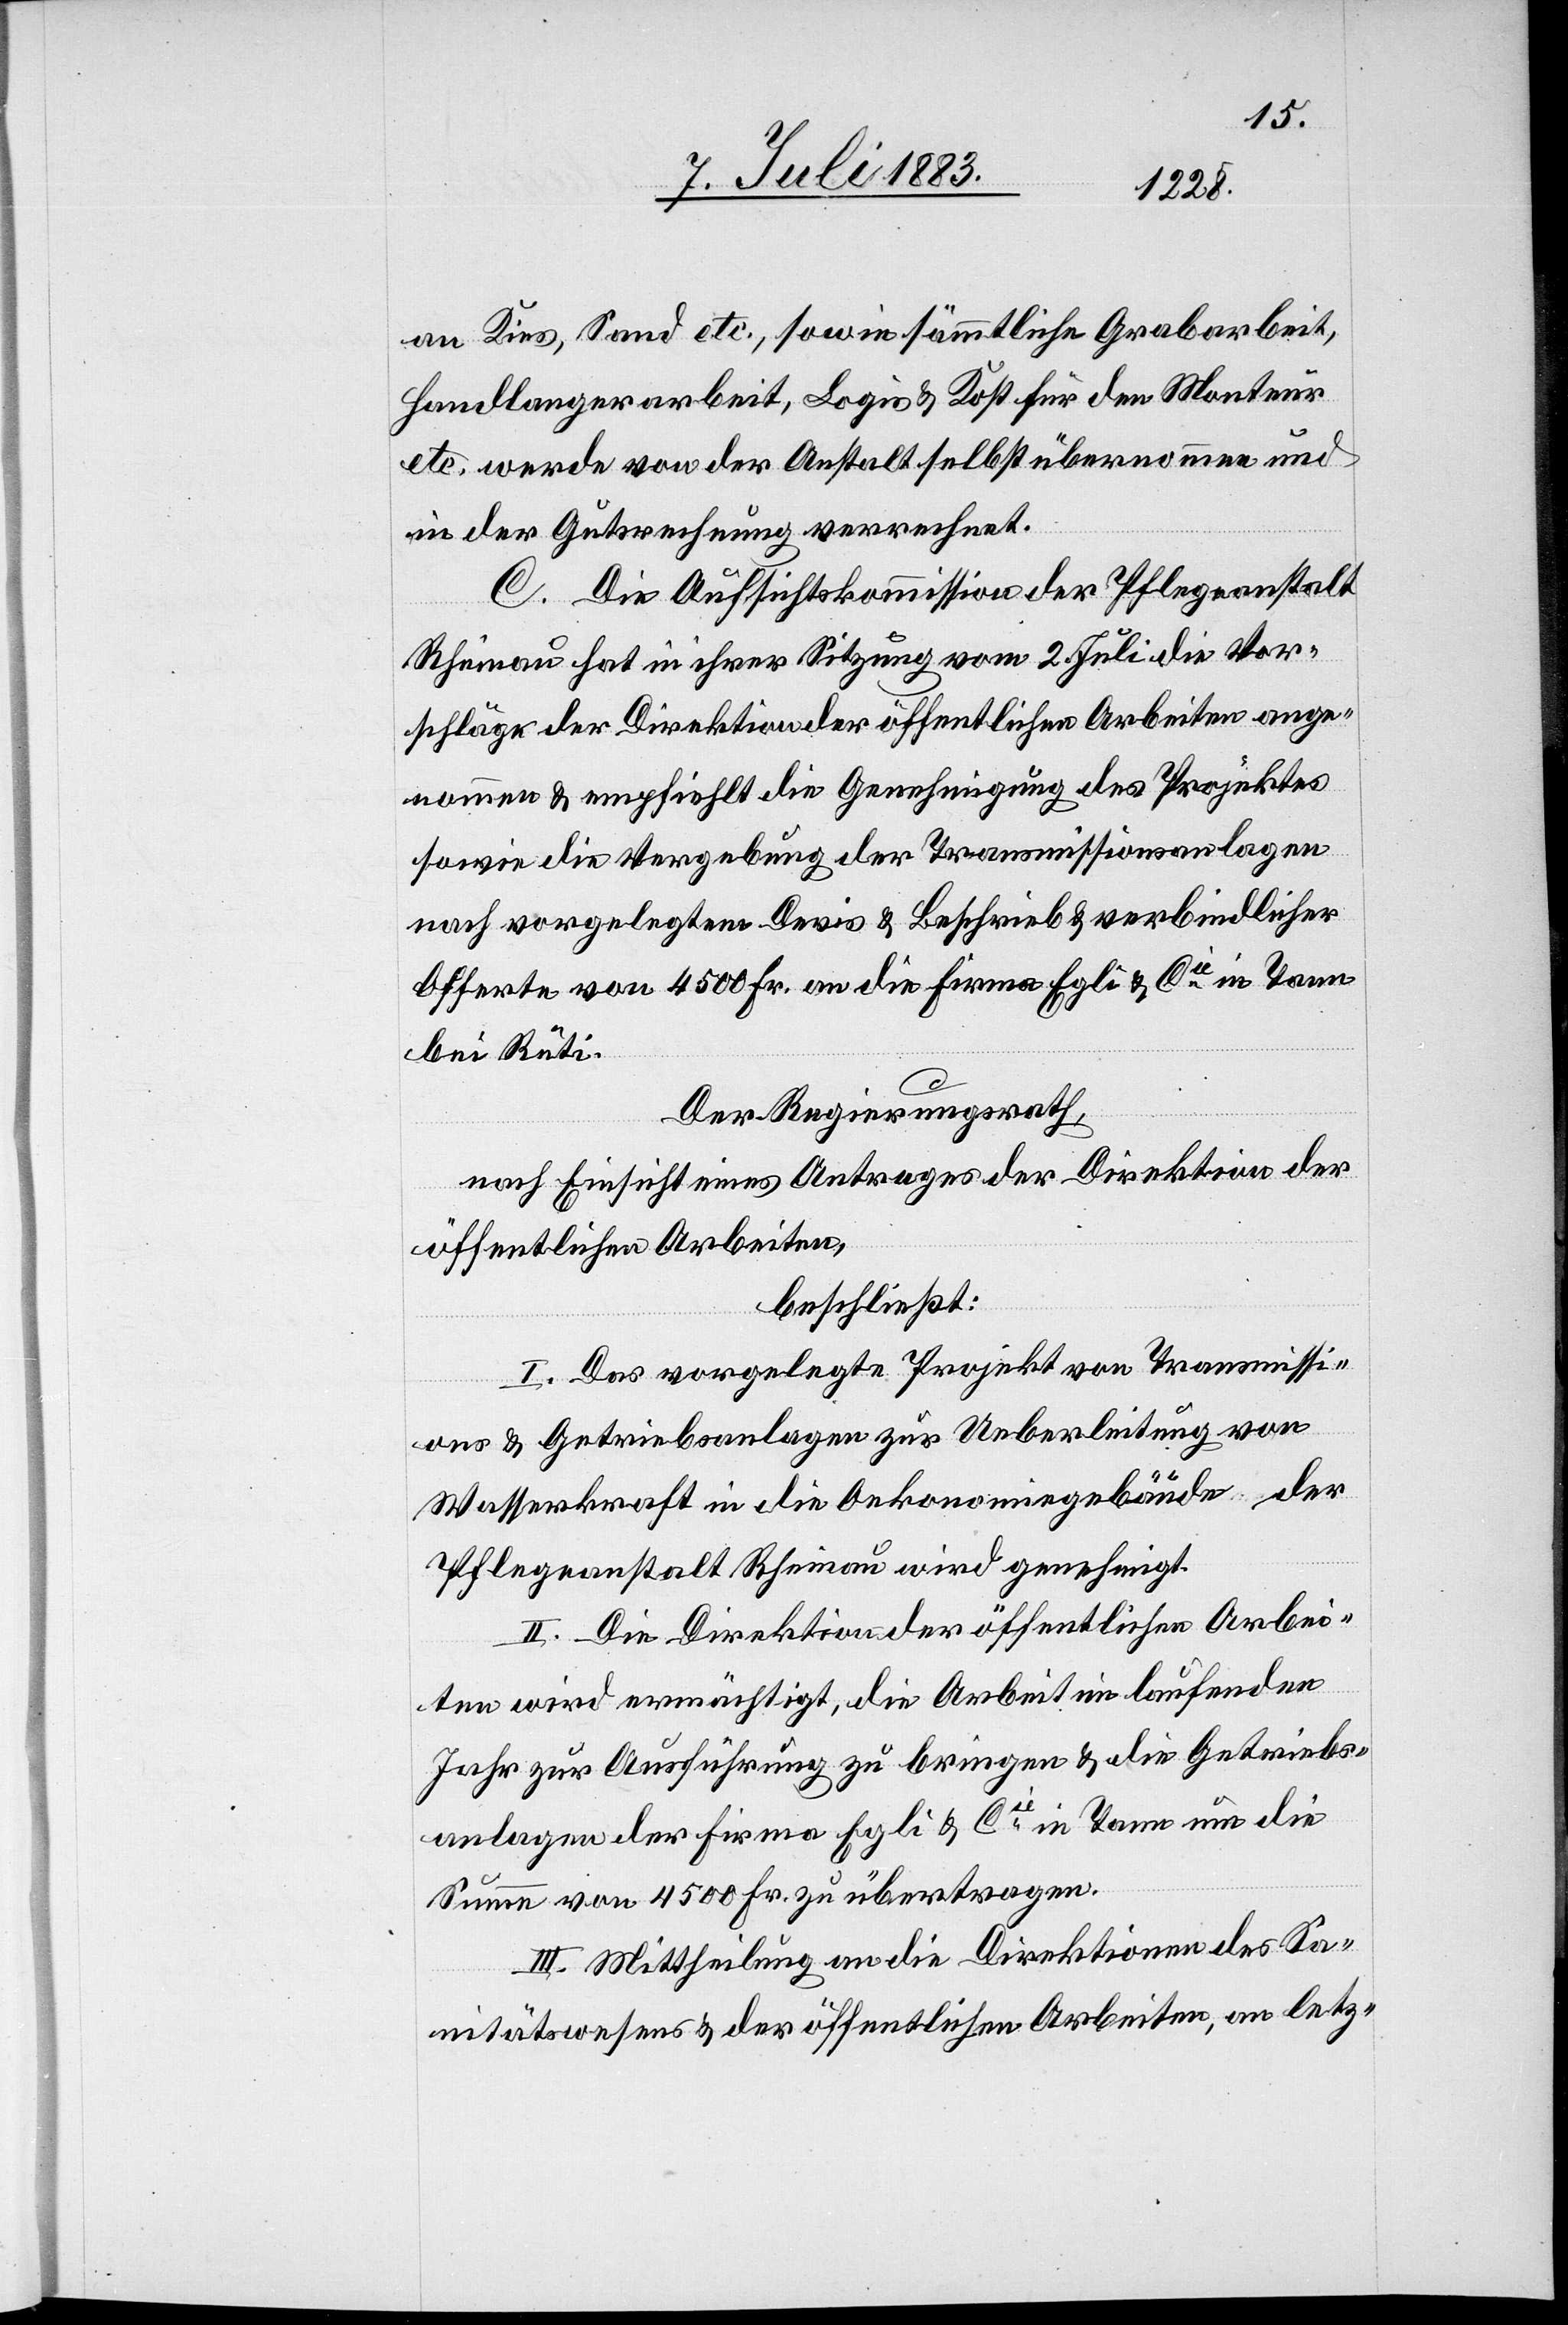
an Kies, Sand etc., sowie sämmtliche Grabarbeit,
Handlangerarbeit, Logis & Kost für den Monteur
etc. werde von der Anstalt selbst übernommen und
in der Gutsrechnung verrechnet.
C. Die Aufsichtskommission der Pflegeanstalt
Rheinau hat in ihrer Sitzung vom 2. Juli die Vor¬
schläge der Direktion der öffentlichen Arbeiten ange¬
nommen & empfiehlt die Genehmigung des Projektes
sowie die Vergebung der Transmissionsanlagen
nach vorgelegter Devis & Beschrieb & verbindlicher
Offerte von 4500 Fr. an die Firma Egli & Cie in Tann
bei Rüti.
Der Regierungsrath,
nach Einsicht eines Antrages der Direktion der
öffentlichen Arbeiten,
beschließt:
I. Das vorgelegte Projekt von Transmissi¬
ons[-] & Getriebsanlage zur Ueberleitung von
Wasserkraft in die Oekonomiegebäude der
Pflegeanstalt Rheinau wird genehmigt.
II. Die Direktion der öffentlichen Arbei¬
ten wird ermächtigt, die Arbeit im laufenden
Jahr zur Ausführung zu bringen & die Getriebs¬
anlagen der Firma Egli & Cie in Tann um die
Summe von 4500 Fr. zu übertragen.
III. Mittheilung an die Direktionen des Sa¬
nitätswesens und der öffentlichen Arbeiten, an letz-